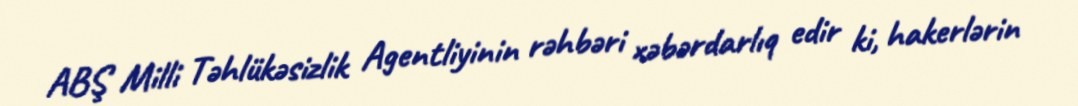
ABŞ Milli Təhlükəsizlik Agentliyinin rəhbəri xəbərdarlıq edir ki, hakerlərin